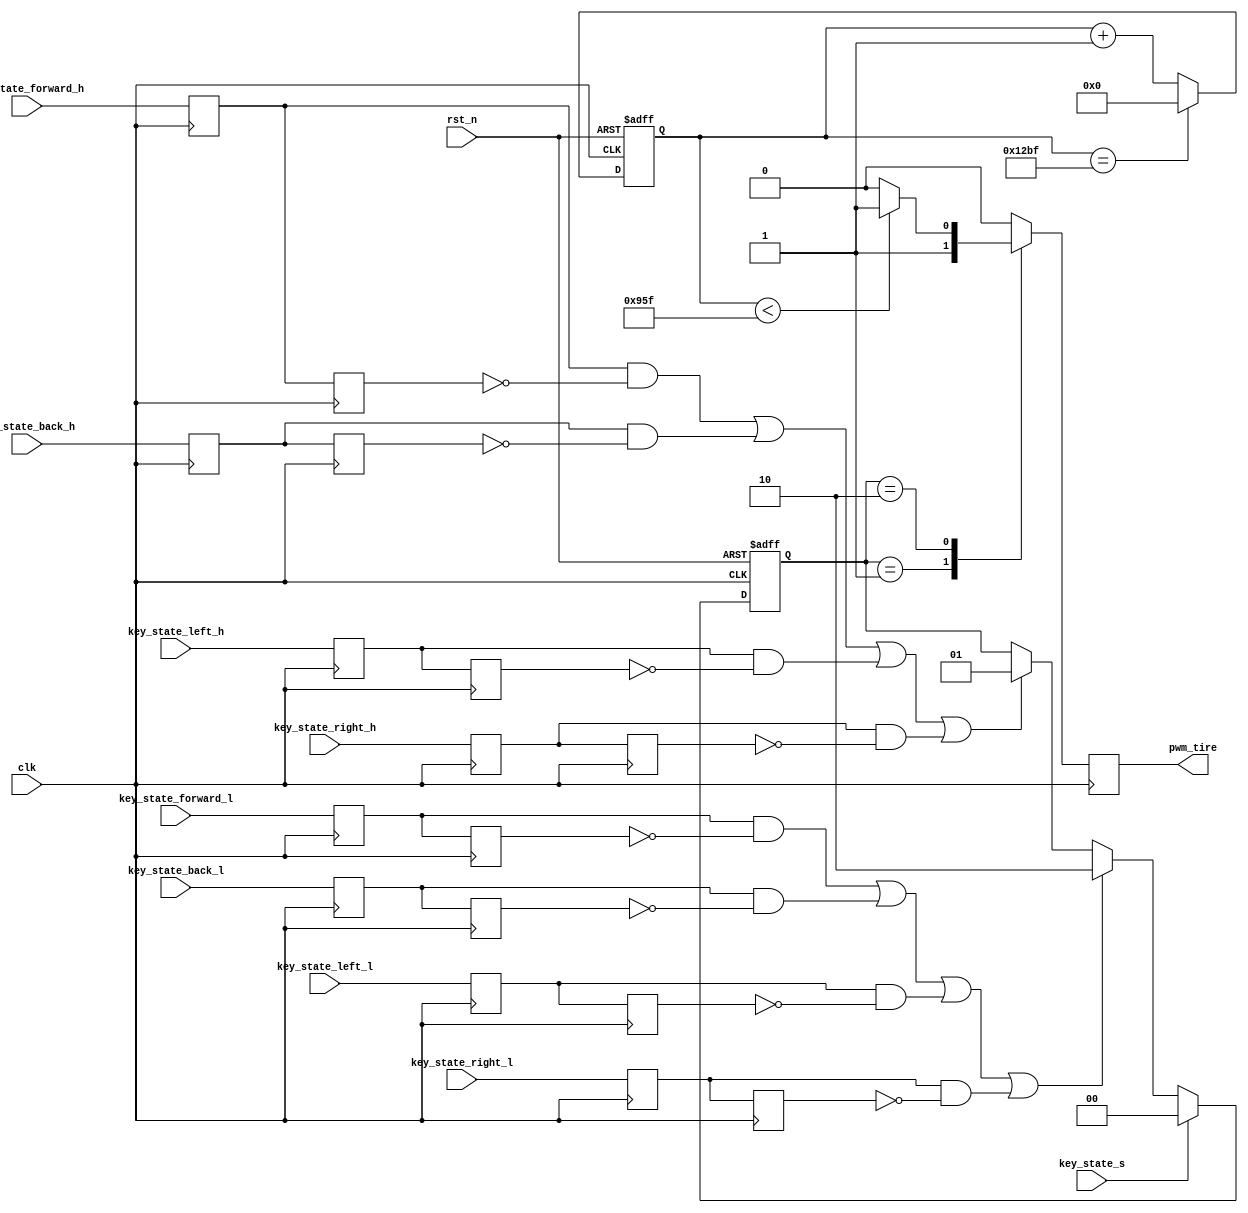
module pwm(  clk,
       rst_n,
       key_state_s,
       key_state_forward_h,
       key_state_forward_l,
       key_state_back_h,
       key_state_back_l,
       key_state_left_h,
       key_state_left_l,
       key_state_right_h,
       key_state_right_l,
       pwm_tire
 

);

input clk;
input rst_n;
input key_state_s;
input key_state_forward_h;
input key_state_forward_l;
input key_state_back_h;
input key_state_back_l;
input key_state_left_h;
input key_state_left_l;
input key_state_right_h;
input key_state_right_l;
output reg pwm_tire;

wire key_flag_forward_h;
wire key_flag_forward_l;

wire key_flag_back_h;
wire key_flag_back_l;

wire key_flag_left_h;
wire key_flag_left_l;

wire key_flag_right_h;
wire key_flag_right_l;

reg temp1,temp2;
reg temp3,temp4;

reg temp5,temp6;
reg temp7,temp8;

reg temp9,temp10;
reg temp11,temp12;

reg temp13,temp14;
reg temp15,temp16;

reg [24:0]cnt;
reg [1:0]state;
//forward
assign key_flag_forward_h = temp1 & (~temp2);
assign key_flag_forward_l = temp3 & (~temp4);

always @(posedge clk )
        temp1 <= key_state_forward_h;

always @(posedge clk )
        temp2 <= temp1;

always @(posedge clk )
        temp3 <= key_state_forward_l;

always @(posedge clk )
        temp4 <= temp3;

//back
assign key_flag_back_h = temp5 & (~temp6);
assign key_flag_back_l = temp7 & (~temp8);
always @(posedge clk )
        temp5 <= key_state_back_h;

always @(posedge clk )
        temp6 <= temp5;

always @(posedge clk )
        temp7 <= key_state_back_l;

always @(posedge clk )
        temp8 <= temp7;

//left
assign key_flag_left_h = temp9 & (~temp10);
assign key_flag_left_l = temp11 & (~temp12);
always @(posedge clk )
        temp9 <= key_state_left_h;

always @(posedge clk )
        temp10 <= temp9;

always @(posedge clk )
        temp11 <= key_state_left_l;

always @(posedge clk )
        temp12 <= temp11;


//right
assign key_flag_right_h = temp13 & (~temp14);
assign key_flag_right_l = temp15 & (~temp16);
always @(posedge clk )
        temp13 <= key_state_right_h;

always @(posedge clk )
        temp14 <= temp13;

always @(posedge clk )
        temp15 <= key_state_right_l;

always @(posedge clk )
        temp16 <= temp15;



always @(posedge clk or negedge rst_n)
    if(!rst_n)
        state <= 0;
    else if(key_state_s)
        state <= 0;
    else if(key_flag_forward_l || key_flag_back_l || key_flag_left_l || key_flag_right_l)
        state <= 2;
    else if(key_flag_forward_h || key_flag_back_h || key_flag_left_h || key_flag_right_h)
        state <= 1;
    else 
        state <= state;

        
always @(posedge clk or negedge rst_n)
    if(!rst_n)
        cnt <= 0;
    else if(cnt == 4800 - 1)
        cnt <= 0; 
    else 
        cnt <= cnt + 1'b1;

       
always @(posedge clk)
    case(state)
        0:pwm_tire <= 0;
        1:pwm_tire <= 1;
        2:if(cnt < 2400 - 1)
		      pwm_tire <= 1;
		  else
              pwm_tire <= 0; 
     default:pwm_tire <= 0;
     endcase
		      
endmodule